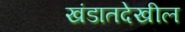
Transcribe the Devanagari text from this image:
खंडातदेखील